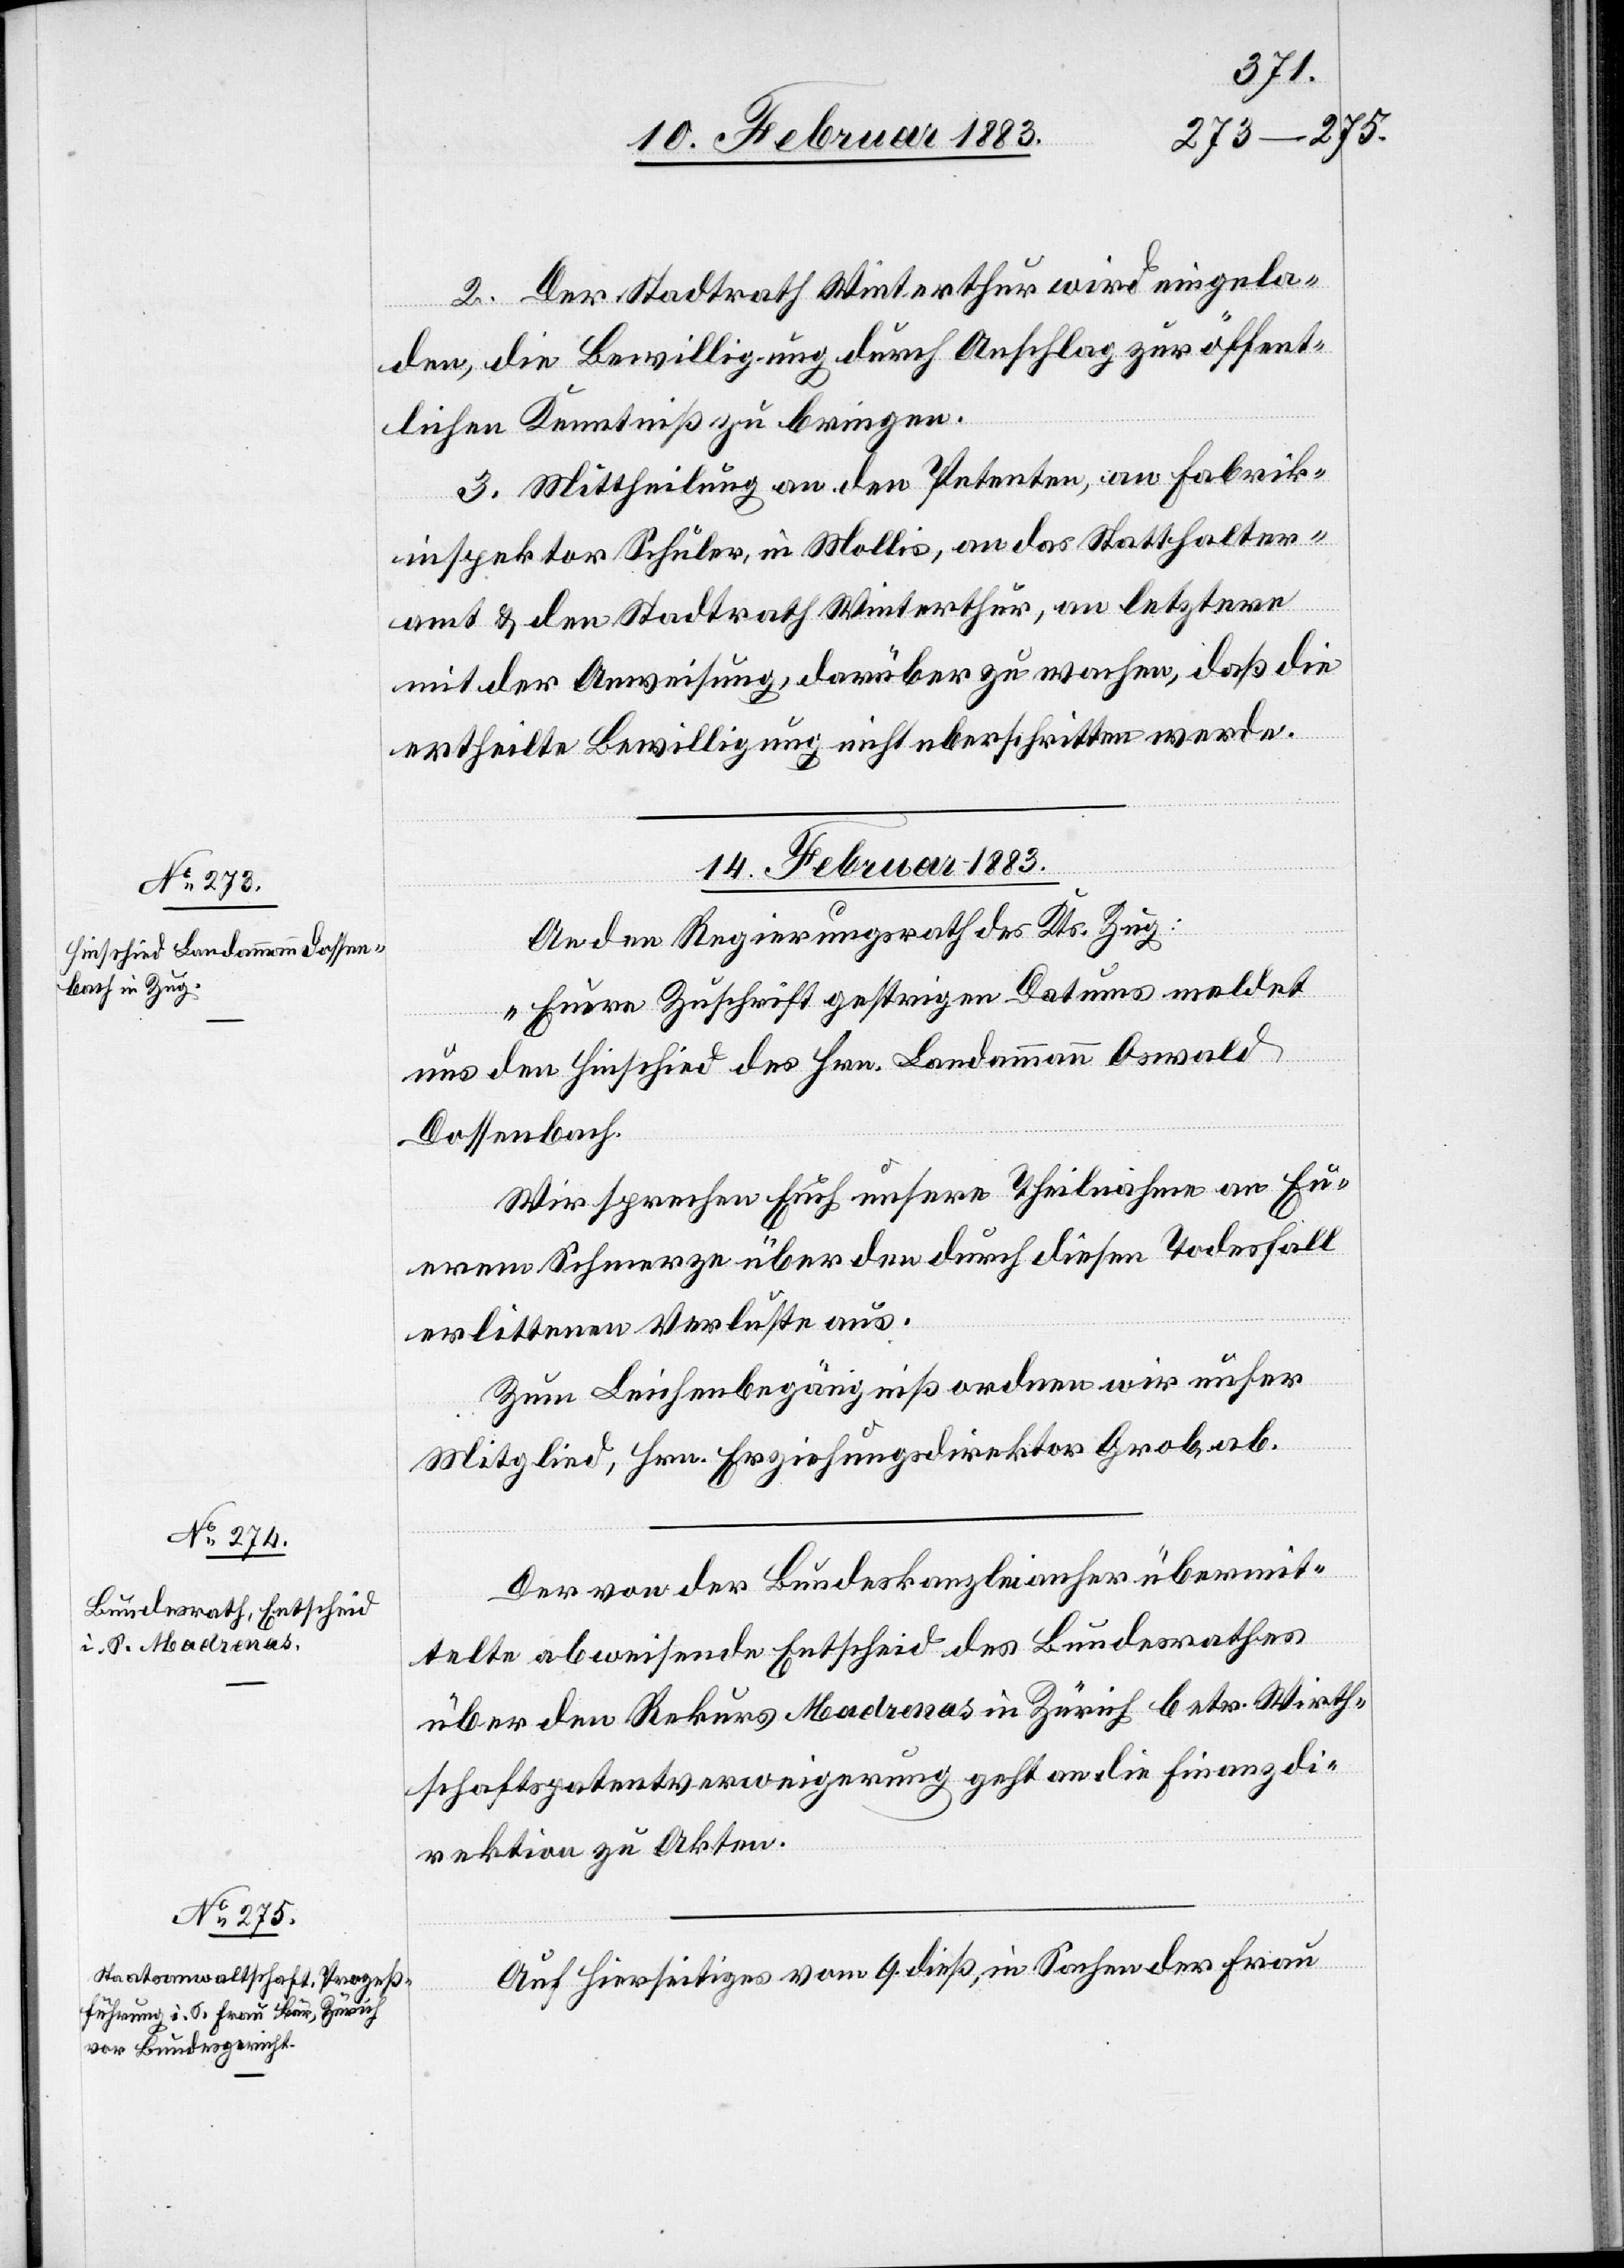
14. Februar 1883.]
An den Regierungsrath des Kts. Zug:
„Euere Zuschrift gestrigen Datums meldet
uns den Hinschied des Hrn. Landammann Oswald
Dossenbach.
Wir sprechen Euch unsere Theilnahme an Eu¬
erem Schmerze über den durch diesen Todesfall
erlittenen Verluste aus.
Zum Leichenbegängniß ordnen wir unser
Mitglied, Hrn. Erziehungsdirektor Grob, ab.“
Der von der Bundeskanzlei anher übermit¬
telte abweisende Entscheid des Bundesrathes
über den Rekurs Madrenas in Zürich betr. Wirth¬
schaftspatentverweigerung geht an die Finanzdi¬
rektion zu Akten.
Auf Hierseitiges vom 9. dieß, in Sachen der Frau